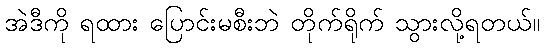
အဲဒီကို ရထား ပြောင်းမစီးဘဲ တိုက်ရိုက် သွားလို့ရတယ်။